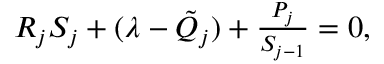
\begin{array} { r } { R _ { j } S _ { j } + ( \lambda - \Tilde { Q } _ { j } ) + \frac { P _ { j } } { S _ { j - 1 } } = 0 , } \end{array}